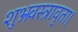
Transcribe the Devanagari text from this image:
शुभ्रवस्त्रावृता।